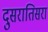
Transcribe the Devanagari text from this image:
दुसरातिसरा